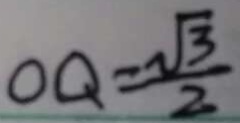
O Q = \frac { \sqrt { 3 } } { 2 }